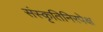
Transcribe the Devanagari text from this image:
संस्कृतिनिरपेक्ष